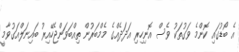
އެ ބޯޑުގައި ކޮންމެ ވަގުތަކު ވެސް އޮނިހިރި އަދަދެއްގެ މެމްބަރުން ތިއްބަވަންޖެހޭއިރު ބައިނަލްއަގުވާމީ